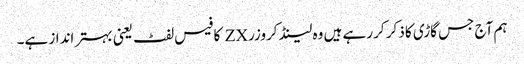
ہم آج جس گاڑی کا ذکر کر رہے ہیں وہ لینڈ کروزر ZX کا فیس لفٹ یعنی بہتر انداز ہے۔